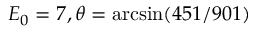
E _ { 0 } = 7 , \theta = \arcsin ( 4 5 1 / 9 0 1 )